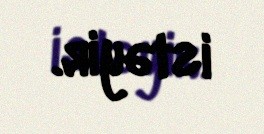
istəyir.